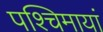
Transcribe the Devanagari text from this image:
पश्चिमायां